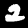
Label: 2